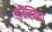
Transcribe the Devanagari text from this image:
शुचिस्मिता